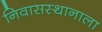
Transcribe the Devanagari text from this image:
निवासस्थानाला